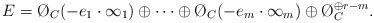
LaTeX: \begin{align*}E = \O_C(-e_1 \cdot \infty_1) \oplus \cdots \oplus \O_C(-e_m\cdot \infty_m) \oplus \O_C^{\oplus r-m}.\end{align*}